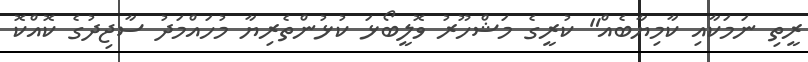
ރީތި ނަމަކާއި ކާމިޔާބެއް" ކުރީގެ މަޝްހޫރު ވޮލީބޯޅަ ކުޅުންތެރިޔާ މުހައްމަދު ސާޖިދުގެ ކޮއްކޮ